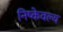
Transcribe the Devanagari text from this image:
निष्केवल्य